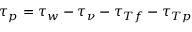
\tau _ { p } = \tau _ { w } - \tau _ { \nu } - \tau _ { T f } - \tau _ { T p }